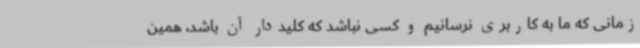
زمانی که ما به کاربری نرسانیم و کسی نباشد که کلیددار آن باشد، همین